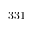
3 3 1